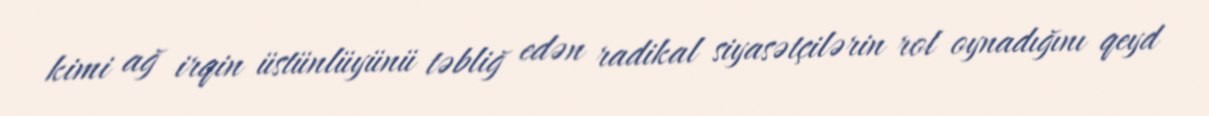
kimi ağ irqin üstünlüyünü təbliğ edən radikal siyasətçilərin rol oynadığını qeyd